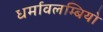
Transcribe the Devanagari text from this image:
धर्मावलम्बियो